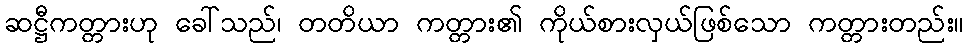
ဆဋ္ဌီကတ္တားဟု ခေါ်သည်၊ တတိယာ ကတ္တား၏ ကိုယ်စားလှယ်ဖြစ်သော ကတ္တားတည်း။